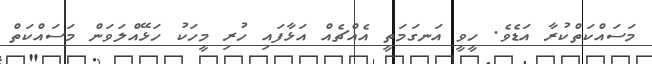
މަސައްކަތްކުރާ އަޑެވެ. ހީވީ އަނގަމަތީ އެއްޗެއް އަޅާފައި ހުރި މީހަކު ހަޅޭއްލަވަން މަސައްކަތް